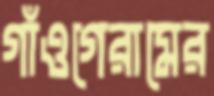
গাঁওগেরামের